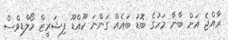
ރާއްޖެ އަށް ބާނާ މަހުގެ ބޮޑު ބައެއް ގަންނަ ކޫއްޑޫ ފިޝަރީޒް މޯލްޑިވްސް